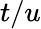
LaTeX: t/u